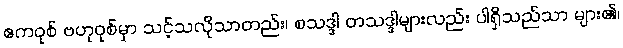
ဧကဝုစ် ဗဟုဝုစ်မှာ သင့်သလိုသာတည်း၊ စသဒ္ဒါ တသဒ္ဒါများလည်း ပါရှိသည်သာ များ၏၊